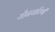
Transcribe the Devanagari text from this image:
यौनचारिणी